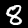
Label: 8